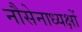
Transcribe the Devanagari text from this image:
नौसेनाध्यक्षों